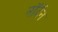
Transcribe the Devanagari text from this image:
नॉर्देन